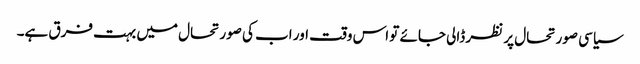
سیاسی صورتحال پر نظر ڈالی جائے تو اس وقت اور اب کی صورتحال میں بہت فرق ہے۔